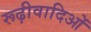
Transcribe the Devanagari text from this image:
रूढ़ीवादिओं